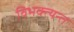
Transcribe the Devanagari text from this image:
विभक्त्यन्त